画像に写った文字を読んでください
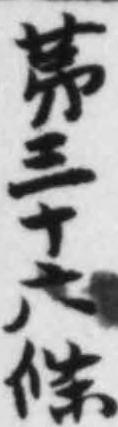
「苐三十六條」と書いてあります